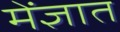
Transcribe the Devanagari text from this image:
मेंज्ञात